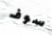
سوف